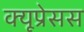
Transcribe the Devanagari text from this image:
क्यूप्रेसस